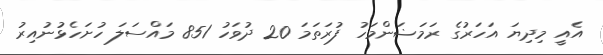
އެއީ މިދިޔަ އަހަރުގެ ރަމަޟަންމަހު ފުރަތަމަ 20 ދުވަހު 851 މައްސަލަ ހުށަހެޅުނުއިރު